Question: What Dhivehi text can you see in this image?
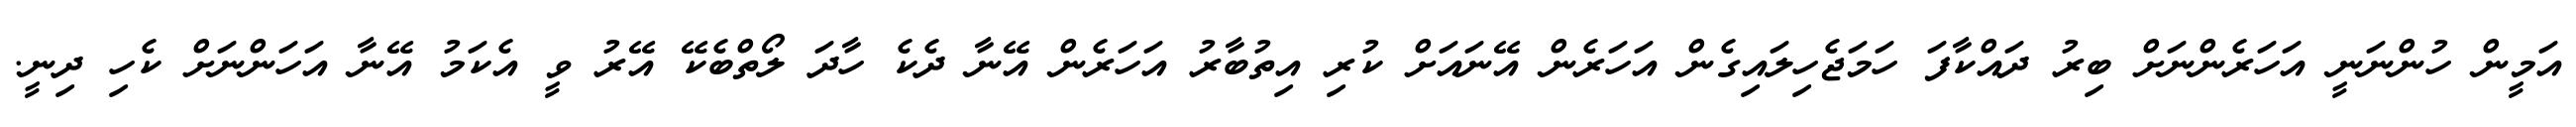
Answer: އަމީން ހުންނަނީ އަހަރެންނަށް ބިރު ދައްކާފަ ހަމަޖެހިލައިގެން އަހަރެން އޭނައަށް ކުރި އިތުބާރު އަހަރެން އޭނާ ދެކެ ހާދަ ލޯތްބެކޭ އޭރު ވީ އެކަމު އޭނާ އަހަންނަށް ކެހި ދިނީ.